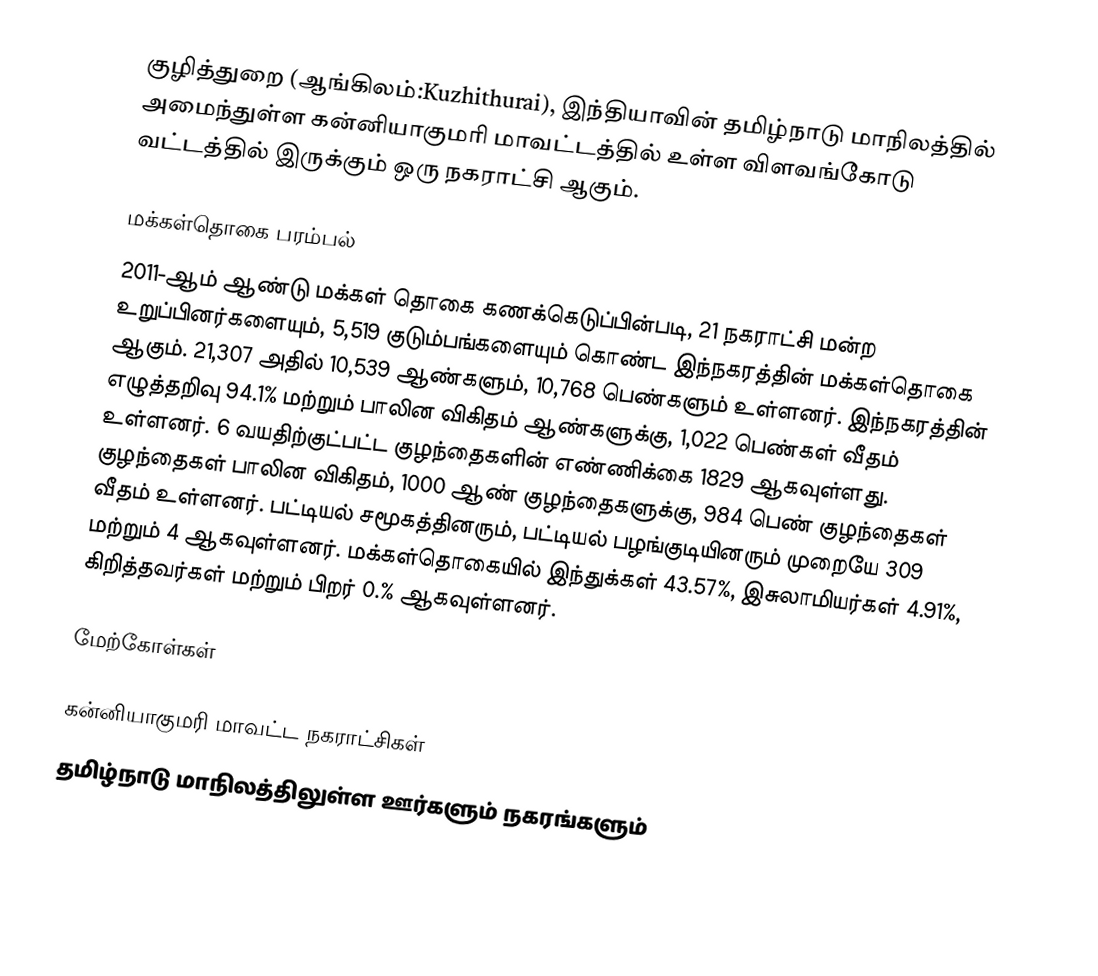
குழித்துறை (ஆங்கிலம்:Kuzhithurai), இந்தியாவின் தமிழ்நாடு மாநிலத்தில் அமைந்துள்ள கன்னியாகுமரி மாவட்டத்தில் உள்ள விளவங்கோடு வட்டத்தில் இருக்கும் ஒரு நகராட்சி ஆகும்.

மக்கள்தொகை பரம்பல்
2011-ஆம் ஆண்டு மக்கள் தொகை கணக்கெடுப்பின்படி, 21 நகராட்சி மன்ற உறுப்பினர்களையும், 5,519 குடும்பங்களையும் கொண்ட இந்நகரத்தின் மக்கள்தொகை ஆகும். 21,307 அதில் 10,539 ஆண்களும், 10,768 பெண்களும் உள்ளனர். இந்நகரத்தின் எழுத்தறிவு 94.1%  மற்றும் பாலின விகிதம் ஆண்களுக்கு, 1,022 பெண்கள் வீதம் உள்ளனர். 6 வயதிற்குட்பட்ட குழந்தைகளின் எண்ணிக்கை 1829 ஆகவுள்ளது. குழந்தைகள் பாலின விகிதம், 1000 ஆண் குழந்தைகளுக்கு, 984 பெண் குழந்தைகள் வீதம் உள்ளனர். பட்டியல் சமூகத்தினரும், பட்டியல் பழங்குடியினரும் முறையே 309 மற்றும் 4 ஆகவுள்ளனர். மக்கள்தொகையில் இந்துக்கள் 43.57%, இசுலாமியர்கள் 4.91%, கிறித்தவர்கள் மற்றும் பிறர் 0.% ஆகவுள்ளனர்.

மேற்கோள்கள்

கன்னியாகுமரி மாவட்ட நகராட்சிகள்
 தமிழ்நாடு மாநிலத்திலுள்ள ஊர்களும் நகரங்களும்